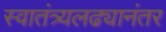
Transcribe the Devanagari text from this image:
स्वातंत्र्यलढ्यानंतर